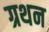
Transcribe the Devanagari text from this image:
ग्रथन